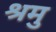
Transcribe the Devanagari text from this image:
श्रमु